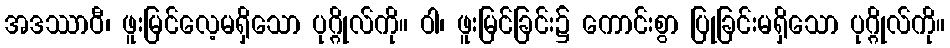
အဒဿာဝီ၊ ဖူးမြင်လေ့မရှိသော ပုဂ္ဂိုလ်ကို။ ဝါ၊ ဖူးမြင်ခြင်း၌ ကောင်းစွာ ပြုခြင်းမရှိသော ပုဂ္ဂိုလ်ကို။